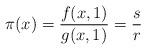
LaTeX: \begin{align*}\pi(x) = \frac{f(x,1)}{g(x,1)} = \frac{s}{r}\end{align*}